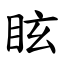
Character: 眩